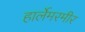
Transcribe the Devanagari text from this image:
हार्लेमरमीर